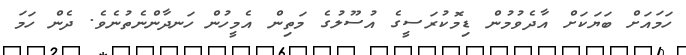
ހަމައަށް ބަޔަކަށް އާދެވުމުން ޑިމޮކުރަސީގެ އުސޫލުގެ މަތިން އެމީހުން ހަނދާންނެތުނެވެ. ދެން ހަމަ